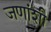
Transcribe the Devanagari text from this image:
जणांशी